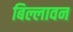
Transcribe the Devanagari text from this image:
बिल्लावन